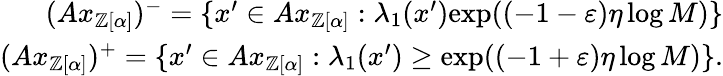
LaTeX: \begin{array}{r}{(Ax_{\mathbb{Z}[\alpha]})^{-}=\{ x^{\prime}\in Ax_{\mathbb{Z}[\alpha]}:\lambda_{1}(x^{\prime})\le\exp((-1-\varepsilon)\eta\log M)\} }\\ {(Ax_{\mathbb{Z}[\alpha]})^{+}=\{ x^{\prime}\in Ax_{\mathbb{Z}[\alpha]}:\lambda_{1}(x^{\prime})\ge\exp((-1+\varepsilon)\eta\log M)\} .}\end{array}